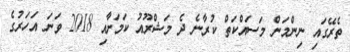
ތެރޭގައި ނިންމަން މަސައްކަތް ކުރާނެ ދެ މަޝްރޫއު ކަމަށާއި 2018 ވަނަ އަހަރުގެ